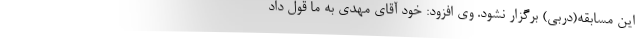
این مسابقه(دربی) برگزار نشود. وی افزود: خود آقای مهدی به ما قول داد